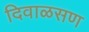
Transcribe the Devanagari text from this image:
दिवाळसण